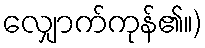
လျှောက်ကုန်၏။)